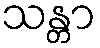
သန္တာ